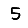
Digit: 5